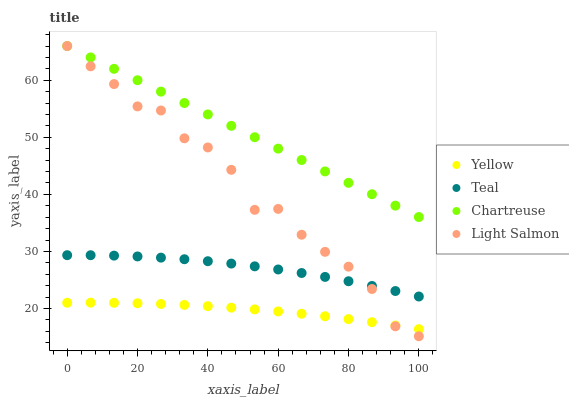
| xaxis_label | Yellow | Teal | Chartreuse | Light Salmon |
 | --- | --- | --- | --- | --- |
 | 0 | 21 | 29.4 | 66 | 66 |
 | 6.67 | 21 | 29.3 | 64 | 62.4 |
 | 13.3 | 21 | 29.3 | 62 | 59.3 |
 | 20 | 20.9 | 29.1 | 60 | 55.4 |
 | 26.7 | 20.8 | 28.9 | 58 | 54.7 |
 | 33.3 | 20.6 | 28.6 | 56 | 49.8 |
 | 40 | 20.4 | 28.3 | 54 | 48.2 |
 | 46.7 | 20.2 | 27.9 | 52 | 44.3 |
 | 53.3 | 19.9 | 27.4 | 50 | 37.3 |
 | 60 | 19.5 | 26.8 | 48 | 37.5 |
 | 66.7 | 19.1 | 26.2 | 46 | 32.9 |
 | 73.3 | 18.6 | 25.5 | 44 | 29.9 |
 | 80 | 18.2 | 24.8 | 42 | 27.3 |
 | 86.7 | 17.6 | 24 | 40 | 23.4 |
 | 93.3 | 17 | 23.1 | 38 | 16.9 |
 | 100 | 16.4 | 22.1 | 36 | 15.1 |